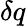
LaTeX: \delta q